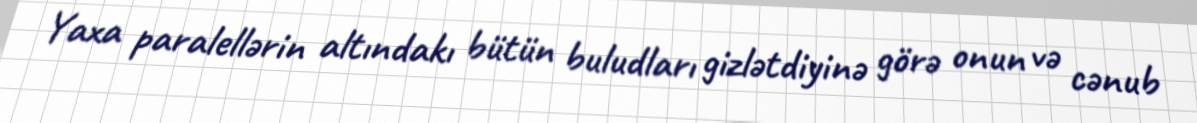
Yaxa paralellərin altındakı bütün buludları gizlətdiyinə görə onun və cənub